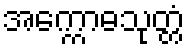
အက္ကောဓသုတ္တံ